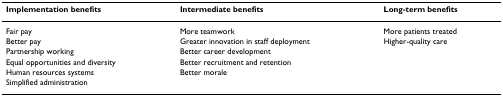
<table><thead><tr><td><b>Implementation benefits</b></td><td><b>Intermediate benefits</b></td><td><b>Long-term benefits</b></td></tr></thead><tbody><tr><td>Fair pay</td><td>More teamwork</td><td>More patients treated</td></tr><tr><td>Better pay</td><td>Greater innovation in staff deployment</td><td>Higher-quality care</td></tr><tr><td>Partnership working</td><td>Better career development</td><td></td></tr><tr><td>Equal opportunities and diversity</td><td>Better recruitment and retention</td><td></td></tr><tr><td>Human resources systems</td><td>Better morale</td><td></td></tr><tr><td>Simplified administration</td><td></td><td></td></tr></tbody></table>